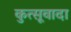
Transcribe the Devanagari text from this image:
कुत्सूवादा